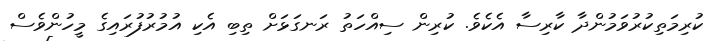
ކުރިމަތިކުރުވަމުންދާ ކާރިސާ އެކެވެ. ކުރިން ސިއްހަތު ރަނގަޅަށް ތިބި އެކި އުމުރުފުރައިގެ މީހުންވެސް